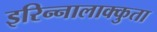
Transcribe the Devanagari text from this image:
इरिन्नालाक्कुता